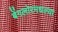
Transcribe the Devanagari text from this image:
बेंगलोरमधल्या